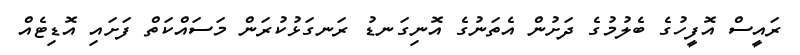
ރައީސް އޮފީހުގެ ބެލުމުގެ ދަށުން އެތަނުގެ އޮނިގަނޑު ރަނގަޅުކުރަން މަސައްކަތް ފަށައި އޮޑިޓެއް